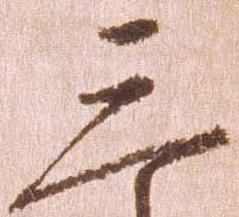
三